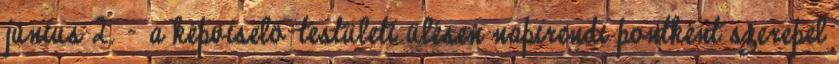
június 2. – a képviselő-testületi ülésen napirendi pontként szerepel